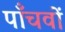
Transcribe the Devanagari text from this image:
पाँचवों